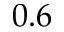
0 . 6